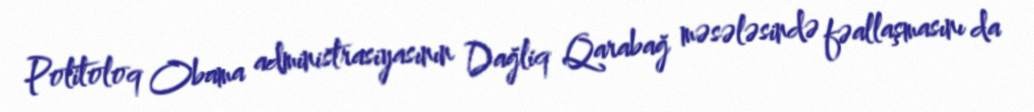
Politoloq Obama administrasiyasının Dağliq Qarabağ məsələsində fəallaşmasını da